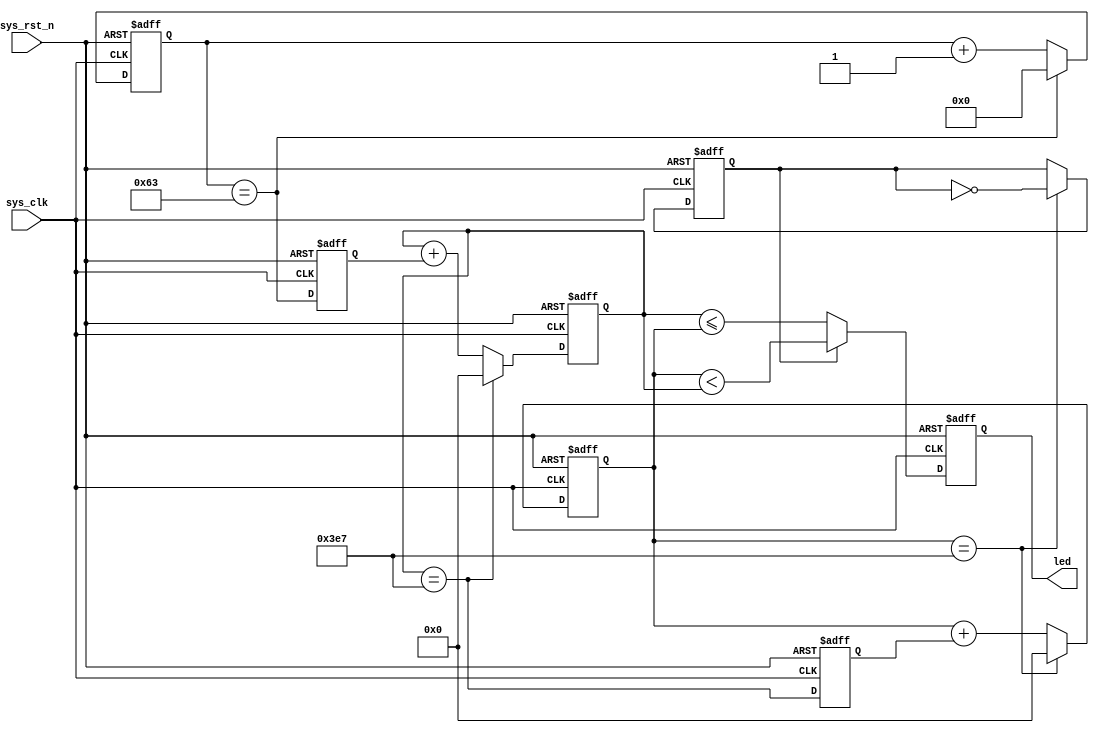
// Generator : SpinalHDL v1.6.0    git head : 73c8d8e2b86b45646e9d0b2e729291f2b65e6be3
// Component : breath_led0
// Git hash  : 93dc6b6c480148fa9ba8666e621faa8274c0342e



module breath_led0 (
  input               sys_clk,
  input               sys_rst_n,
  output              led
);
  wire       [9:0]    _zz_clockarea_clk_2ms_cnt;
  wire       [0:0]    _zz_clockarea_clk_2ms_cnt_1;
  wire       [9:0]    _zz_clockarea_clk_2s_cnt;
  wire       [0:0]    _zz_clockarea_clk_2s_cnt_1;
  reg        [7:0]    clockarea_clk_2us_cnt;
  reg                 clockarea_clk_2us_flg;
  wire                when_breath_led_l25;
  reg        [9:0]    clockarea_clk_2ms_cnt;
  reg                 clockarea_clk_2ms_flg;
  wire                when_breath_led_l32;
  reg        [9:0]    clockarea_clk_2s_cnt;
  reg                 clockarea_clk_2s_flag;
  wire                when_breath_led_l39;
  reg                 clockarea_led_state;
  wire                when_breath_led_l45;

  assign _zz_clockarea_clk_2ms_cnt_1 = clockarea_clk_2us_flg;
  assign _zz_clockarea_clk_2ms_cnt = {9'd0, _zz_clockarea_clk_2ms_cnt_1};
  assign _zz_clockarea_clk_2s_cnt_1 = clockarea_clk_2ms_flg;
  assign _zz_clockarea_clk_2s_cnt = {9'd0, _zz_clockarea_clk_2s_cnt_1};
  assign when_breath_led_l25 = (clockarea_clk_2us_cnt == 8'h63);
  assign when_breath_led_l32 = (clockarea_clk_2ms_cnt == 10'h3e7);
  assign when_breath_led_l39 = (clockarea_clk_2s_cnt == 10'h3e7);
  assign when_breath_led_l45 = (! clockarea_clk_2s_flag);
  assign led = clockarea_led_state;
  always @(posedge sys_clk or negedge sys_rst_n) begin
    if(!sys_rst_n) begin
      clockarea_clk_2us_cnt <= 8'h0;
      clockarea_clk_2us_flg <= 1'b0;
      clockarea_clk_2ms_cnt <= 10'h0;
      clockarea_clk_2ms_flg <= 1'b0;
      clockarea_clk_2s_cnt <= 10'h0;
      clockarea_clk_2s_flag <= 1'b0;
      clockarea_led_state <= 1'b0;
    end else begin
      clockarea_clk_2us_flg <= (clockarea_clk_2us_cnt == 8'h63);
      clockarea_clk_2us_cnt <= (clockarea_clk_2us_cnt + 8'h01);
      if(when_breath_led_l25) begin
        clockarea_clk_2us_cnt <= 8'h0;
      end
      clockarea_clk_2ms_flg <= (clockarea_clk_2ms_cnt == 10'h3e7);
      clockarea_clk_2ms_cnt <= (clockarea_clk_2ms_cnt + _zz_clockarea_clk_2ms_cnt);
      if(when_breath_led_l32) begin
        clockarea_clk_2ms_cnt <= 10'h0;
      end
      clockarea_clk_2s_cnt <= (clockarea_clk_2s_cnt + _zz_clockarea_clk_2s_cnt);
      if(when_breath_led_l39) begin
        clockarea_clk_2s_cnt <= 10'h0;
        clockarea_clk_2s_flag <= (! clockarea_clk_2s_flag);
      end
      if(when_breath_led_l45) begin
        clockarea_led_state <= (clockarea_clk_2ms_cnt <= clockarea_clk_2s_cnt);
      end else begin
        clockarea_led_state <= (clockarea_clk_2s_cnt < clockarea_clk_2ms_cnt);
      end
    end
  end


endmodule